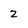
Character: z